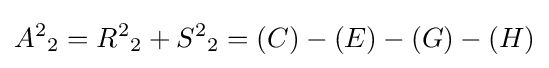
{A^{2}}_{2}={R^{2}}_{2}+{S^{2}}_{2}=(C)-(E)-(G)-(H)